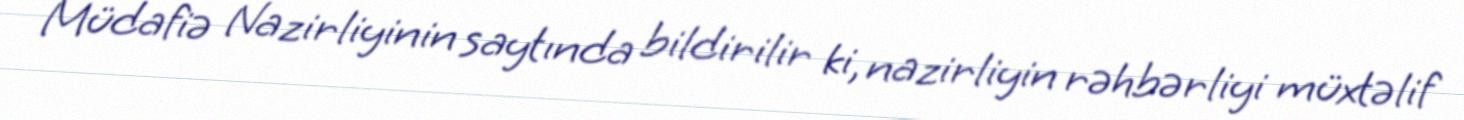
Müdafiə Nazirliyinin saytında bildirilir ki, nazirliyin rəhbərliyi müxtəlif